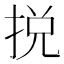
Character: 捝